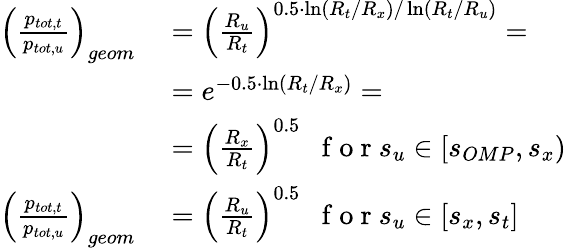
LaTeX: \begin{array}{rl}{\left(\frac{p_{tot,t}}{p_{tot,u}}\right)_{geom}}&{{}=\left(\frac{R_{u}}{R_{t}}\right)^{0.5\cdot\ln(R_{t}/R_{x})/\ln(R_{t}/R_{u})}=}\\ {~}&{{}=e^{-0.5\cdot\ln(R_{t}/R_{x})}=}\\ {~}&{{}=\left(\frac{R_{x}}{R_{t}}\right)^{0.5}~~\mathrm{~f~o~r~}s_{u}\in[s_{OMP},s_{x})}\\ {\left(\frac{p_{tot,t}}{p_{tot,u}}\right)_{geom}}&{{}=\left(\frac{R_{u}}{R_{t}}\right)^{0.5}~~\mathrm{~f~o~r~}s_{u}\in[s_{x},s_{t}]}\end{array}